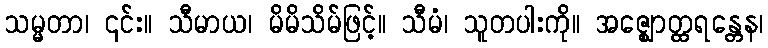
သမ္မတာ၊ ၎င်း။ သီမာယ၊ မိမိသိမ်ဖြင့်။ သီမံ၊ သူတပါးကို။ အဇ္ဈောတ္ထရန္တေန၊